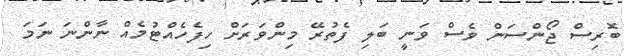
ބޮރިސް ޖޯންސަން ވެސް ވަނީ ބަލި ފެތުރޭ މިންވަރަށް ހިފެހެއްޓުމެއް ނާންނަ ނަމަ